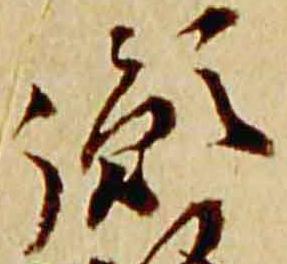
胤